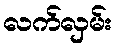
လက်လှမ်း